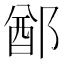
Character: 𨜟